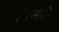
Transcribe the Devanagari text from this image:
पिसती